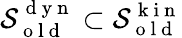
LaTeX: \mathcal{S}_{\mathrm{{~o~l~d~}}}^{\mathrm{{~d~y~n~}}}\subset\mathcal{S}_{\mathrm{{~o~l~d~}}}^{\mathrm{{~k~i~n~}}}